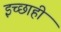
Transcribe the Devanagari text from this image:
इच्छाही